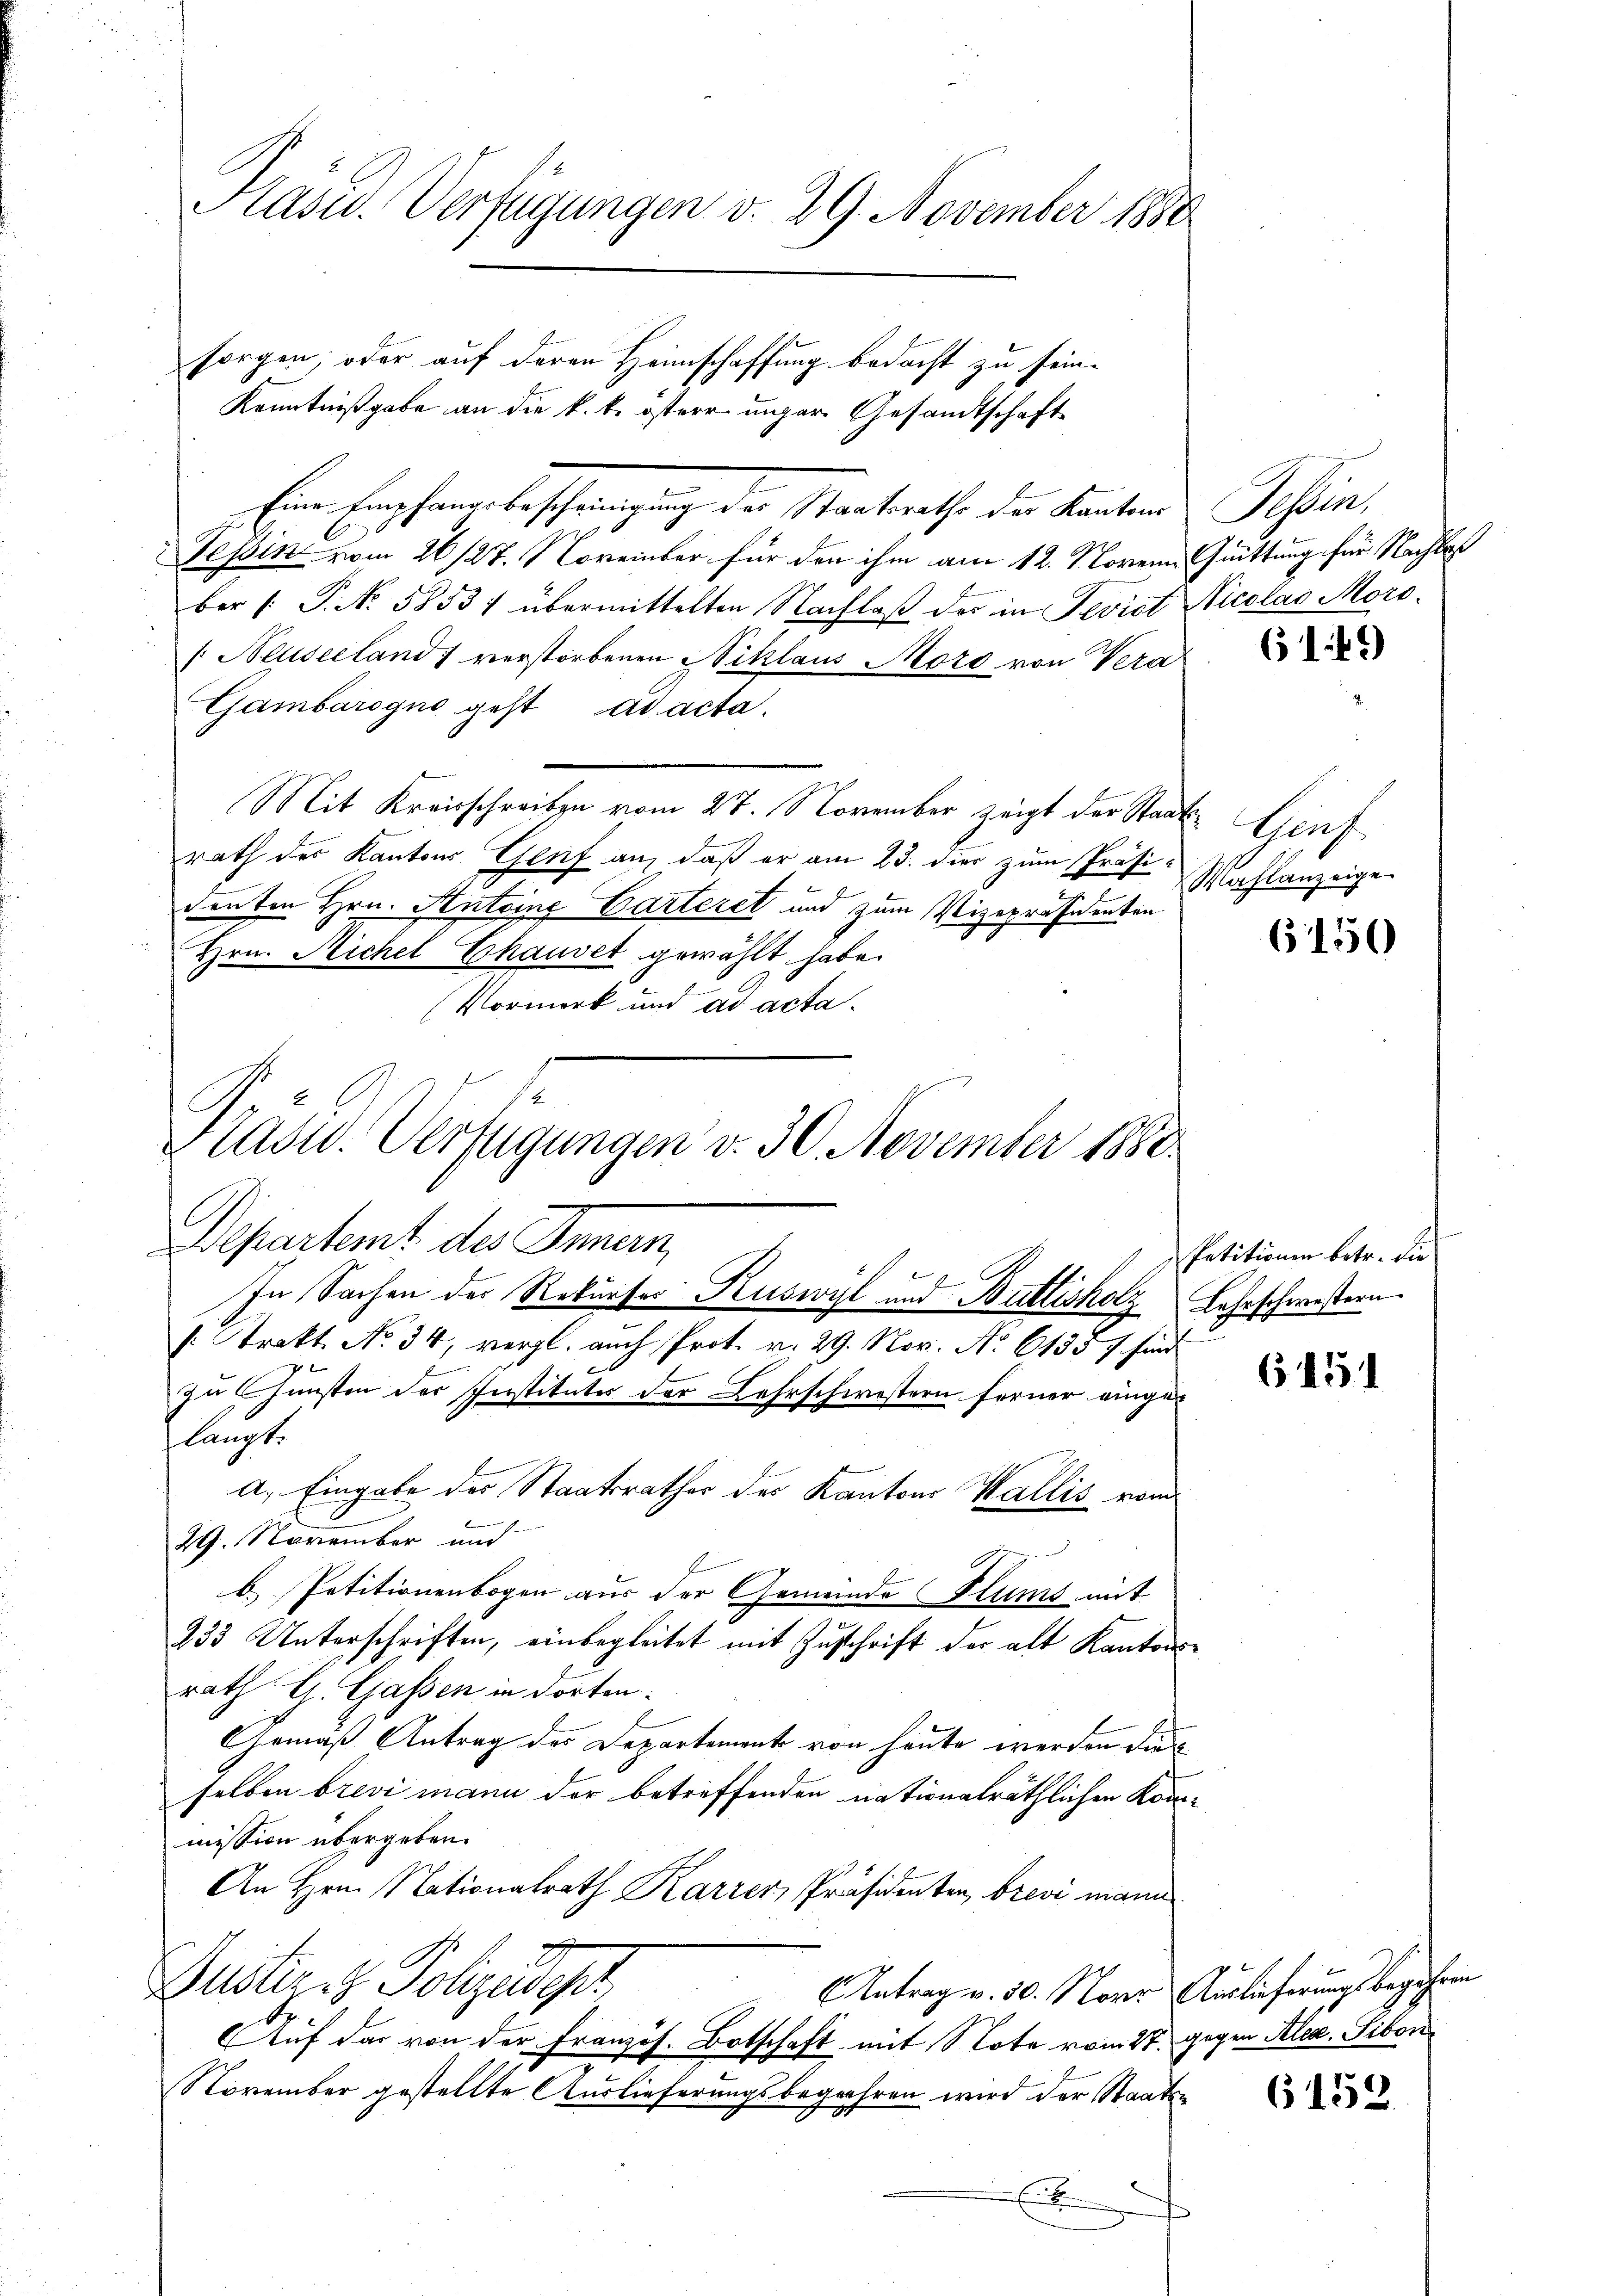
sorgen, oder auf deren Heimschaffung bedacht zu sein-
Kenntnißgabe an die k. k. öster unger Gesandtschaft
Eine Empfangsbescheinigung des Staatsraths des Kantons
Tessin vom 26/27. November für den ihm am 12. Novem Quittung für Nachtes
ber 1. P. No. 5853/ übermittelten Nachlaß des in Revist Nicolas Moro¬
/. Neuseeland) verstorbenen Niklaus Mord von Vera
Gambarogno geht ad acta.
Mit Kreisschreiben vom 27. November zeigt der Staatsrath der Kantons Genf an, daß er am 23. dies zum Präsidenten Hrn. Antoine Garteret und zum Vizepräsidenten
Hrn. Sichel Chauset gewählt habe.
Vormerk und ad acta¬

Präsid. Verfügungen d. 29. November 1880

G
Fradw. Verfügungen v. 30. November 1888.
Departemt des Innern,
In Sachen der Rekurser Ruswyl und Buttisholz Lahrschwestern.

/: Trakt. No. 34, vergl. auch Prot. v. 29. Nov. No 61357 sind
zu Gunsten des Instituter der Lehrschwestern ferner eingelangt.
A. Eingabe der Staatsrathes des Kantons Wallis vom
29. November und
b. Petitionenbogen aus der Gemeinde Stums mit
255 Unterschriften, einbegleitet mit Zuschrift der alt Kantonsrath G. Gassen in dorten:
Gemäß Antrag des Departement von heute werden die
selben brevi mann der betreffenden nationalräthlichen Kommission übergeben.
An Hrn. Nationalrath Karrer, Präsidenten, brevi mann
Justini Polizeidepr
Antrag v. 30. Nover Auslieferungsbegehren
Auf der von der Französ. Botschaft mit Note vom 27. gegen Alex. Sibon
November gestellte Auslieferungsbegehren wird der Staatsb

Sa

61 f.)

Hürf.
Wahlanzeige

6150

Petitionen betr. die

6151

6152